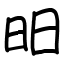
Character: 昍